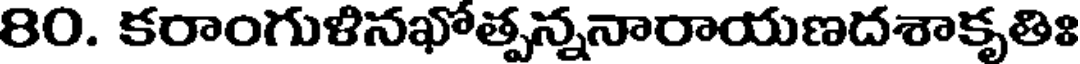
80. కరాంగుళినఖోత్పన్ననారాయణదశాకృతిః